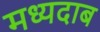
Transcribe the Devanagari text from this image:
मध्यदाब